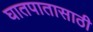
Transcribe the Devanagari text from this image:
घातपातासाठी